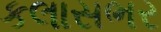
કલાસભર